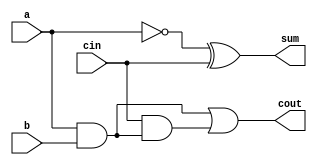
module full_adder3(a,b,cin,sum,cout);
input a,b,cin;
output sum,cout;
assign sum = a^1'b1^cin;
assign cout = a&b|cin&(a&b); 
// initial begin
//     $display("The incorrect adder with xor0 having in2/1");
// end   
endmodule